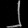
Digit: ၂